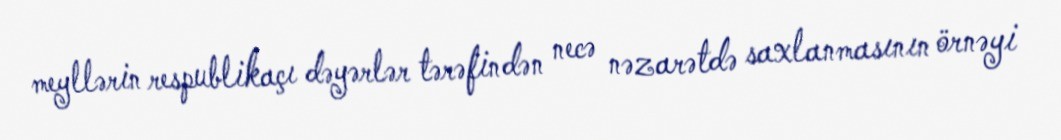
meyllərin respublikaçı dəyərlər tərəfindən necə nəzarətdə saxlanmasının örnəyi